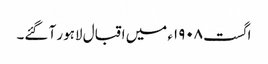
اگست ١٩٠٨ء میں اقبال لاہور آ گئے۔